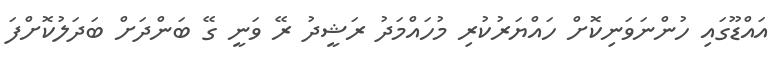
އައްޑޫގައި ހުންނަވަނިކޮށް ހައްޔަރުކުރި މުހައްމަދު ރަޝީދު ރޭ ވަނީ ގޭ ބަންދަށް ބަދަލުކޮށްފަ